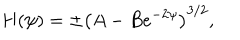
LaTeX: H ( \psi ) = \pm \left( A - B e ^ { - 2 \psi } \right) ^ { 3 / 2 } ,